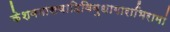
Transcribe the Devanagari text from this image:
केशववासवादिविबुधागाराभिरामां